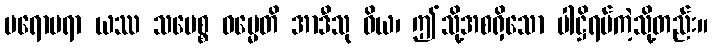
ပရောပရာ ယဿ သမေစ္စ ဓမ္မေတိ အာဒီသု ဝိယ၊ ဤသို့အစရှိသော ပါဋ္ဌိရပ်ကဲ့သို့တည်း။